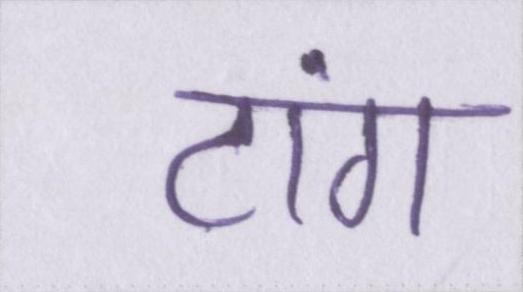
टांग